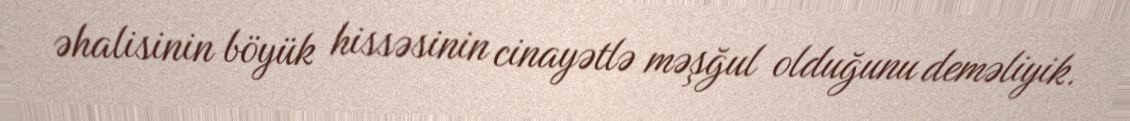
əhalisinin böyük hissəsinin cinayətlə məşğul olduğunu deməliyik.